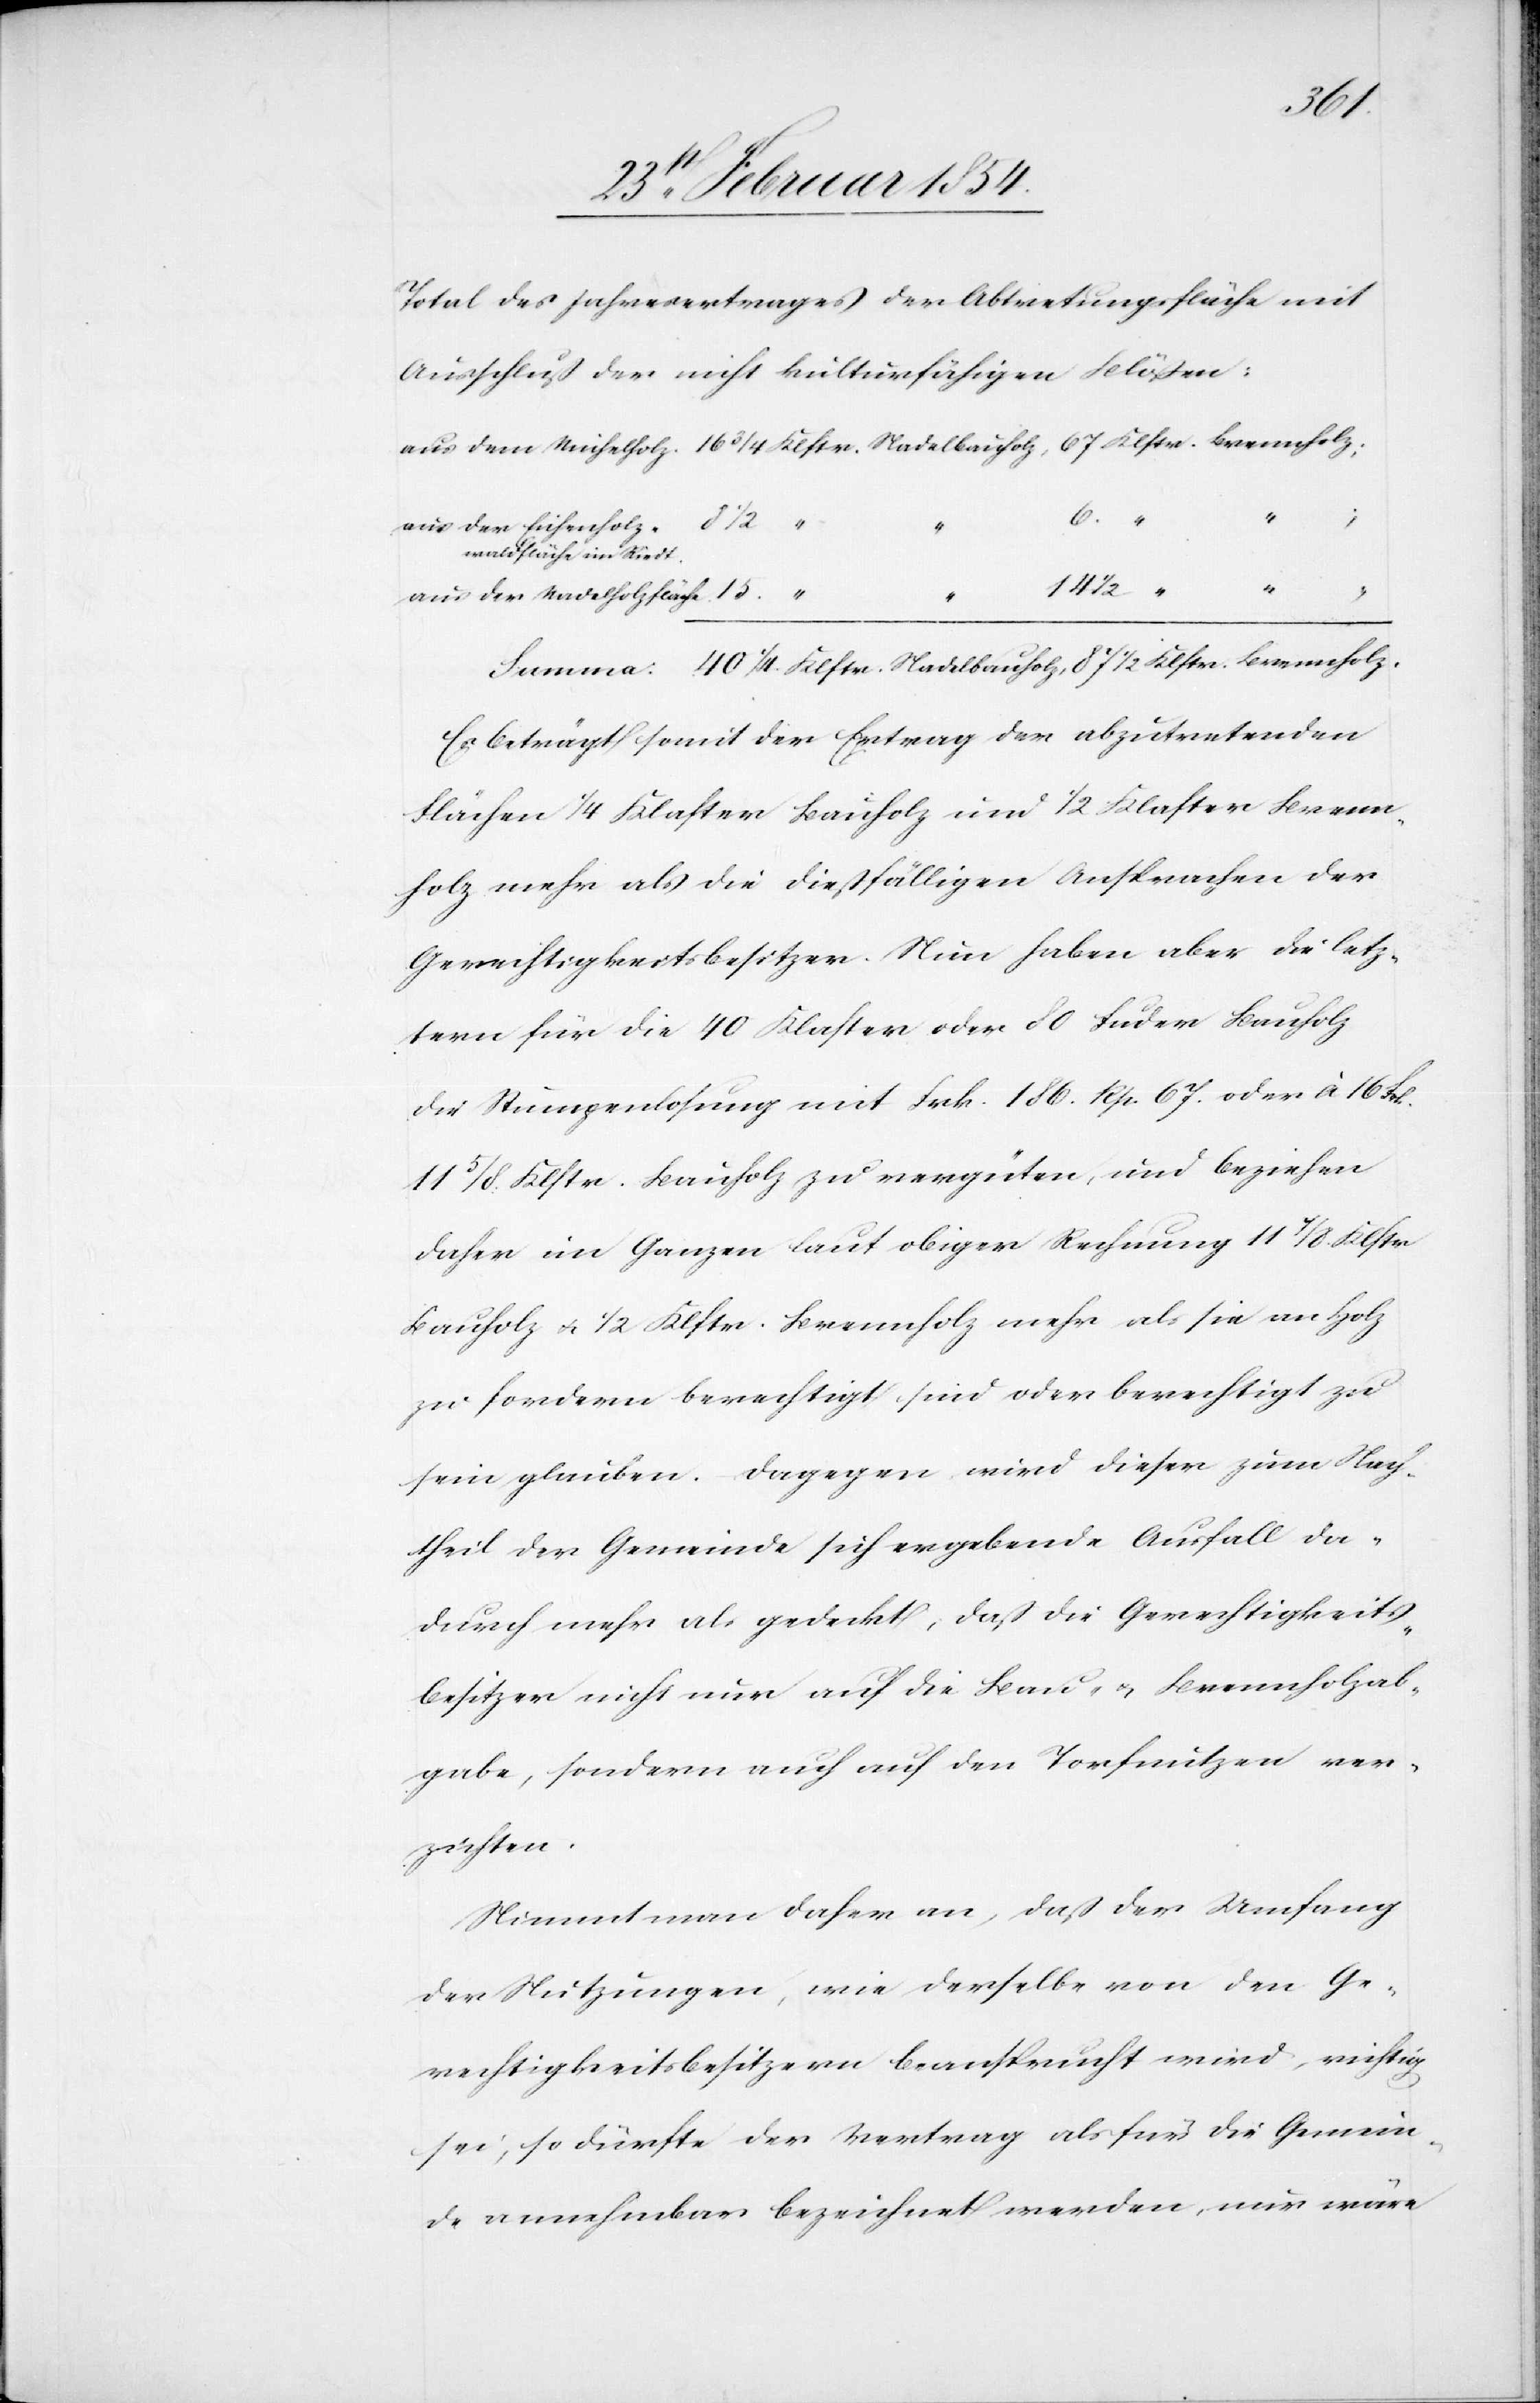
Klstr.
Total des Jahresertrage der Abtretungsfläche mit
Ausschluß der nicht kulturfähigen Blößen:
14
½
„
„
aus der Eichenholzwaldfläche
½
Riedt
aus der Nadelholzfläche.
Es beträgt somit der Ertrag der abzutretenden
Flächen ¼ Klaster Bauholz und 1/“ Klaster Brenn¬
holz mehr als die dießfälligen Ansprachen der
Gerechtigkeitsbesitzer. Nun haben aber die letz¬
tern für die 40 Klaster oder 80 Fuder Bauholz
die Stumpenlosung mit Frk. 186. Rp. 67. oder à 16 Frk.
11 5/8 Klstr. Bauholz zu vergüten, und beziehen
daher im Ganzen laut obiger Rechnung 11 7/8 Klstr
Bauholz u. ½ Klstr. Brennholz mehr als sie an Holz
zu fordern berechtigt sind oder berechtigt zu
sein glauben. Dagegen wird dieser zum Nach¬
theil der Gemeinde sich ergebende Ausfall da¬
durch mehr als gedeckt, daß die Gerechtigkeits¬
besitzer nicht nur auf die Bau- u. Brennholzab¬
gabe, sondern auch auf den Torfnutzen ver¬
zichten.
Nimmt man daher an, daß der Umfang
der Nutzungen, wie derselbe von den Ge¬
rechtigkeitsbesitzern beansprucht wird, richtig
sei, so dürfte der Vertrag als für die Gemein¬
de annehmbar bezeichnet werden, nur wäre